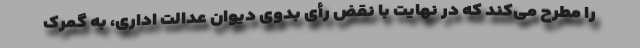
را مطرح می‌کند که در نهایت با نقض رأی بدوی دیوان عدالت اداری، به گمرک